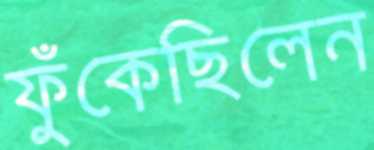
ফুঁকেছিলেন